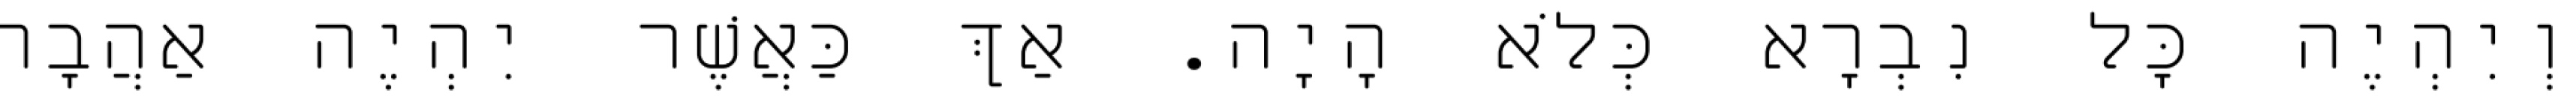
וְיִהְיֶה כׇּל נִבְרָא כְּלֹא הָיָה. אַךְ כַּאֲשֶׁר יִהְיֶה אַהֲבָה